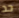
حد